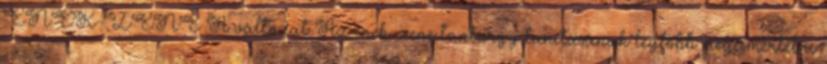
ÉNEK-ZENE A változat Az ének-zene tantárgy tanításának legfőbb megismertetni